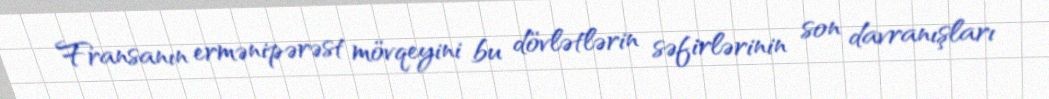
Fransanın ermənipərəst mövqeyini bu dövlətlərin səfirlərinin son davranışları